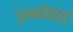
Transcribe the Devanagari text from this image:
पुव्वविदेहं